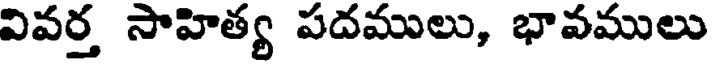
వివర్త సాహిత్య పదములు, భావములు